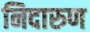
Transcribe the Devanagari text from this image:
निदारुण